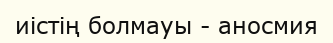
иістің болмауы - аносмия